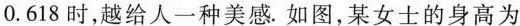
0.618时，越给人一种美感。如图，某女士的身高为